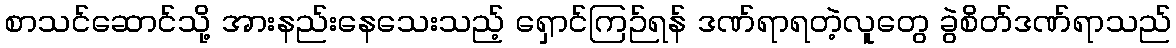
စာသင်ဆောင်သို့ အားနည်းနေသေးသည့် ရှောင်ကြဉ်ရန် ဒဏ်ရာရတဲ့လူတွေ ခွဲစိတ်ဒဏ်ရာသည်